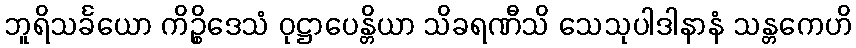
ဘူရိသင်္ခယော ကိဉ္စိဒေသံ ဝုဋ္ဌာပေန္တိယာ သိခရဏီသိ သေသုပါဒါနာနံ သန္တကေဟိ